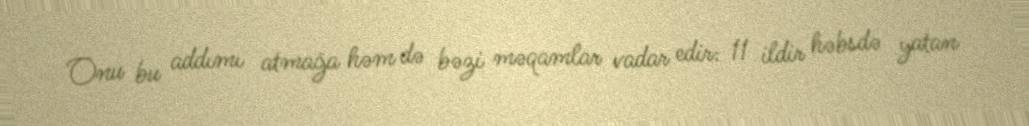
Onu bu addımı atmağa həm də bəzi məqamlar vadar edir: 11 ildir həbsdə yatan